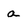
Character: a